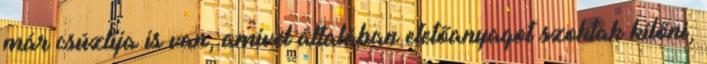
már csúzlija is van, amivel általában etetőanyagot szoktak kilőni,